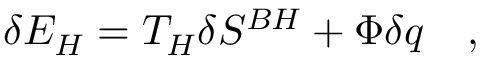
\delta { \cal E } _ { H } = T _ { H } \delta S ^ { B H } + \Phi \delta q ~ ~ ~ ,